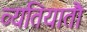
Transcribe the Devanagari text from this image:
व्यतियातौ